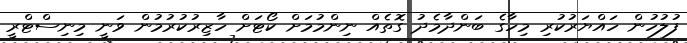
ފުލުހުން ހައްޔަރުކުރި މިހާގެ ބަންދާމެދު ގޮތެއް ނިންމުމަށް ކޯޓަށް ހާޒިރުކުރުމުން ވަނީ މިނިސްޓްރީ